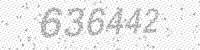
Solution: 636442